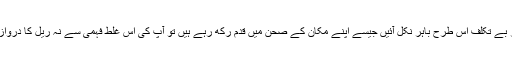
آپ چلتی ہوئی ریل کے دروازے کو اپنا گھر کا دروازہ سمجھ کر بیٹھیں اور اسے کھول کر بے تکلف اس طرح باہر نکل آئیں جیسے اپنے مکان کے صحن میں قدم رکھ رہے ہیں تو آپ کی اس غلط فہمی سے نہ ریل کا دروازہ گھر کا دروازہ بن جائے گا اور نہ وہ میدان جہاں آپ گریں گے، گھر کا صحن ثابت ہوگا۔